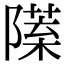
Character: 𨼙